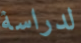
لدراسة